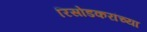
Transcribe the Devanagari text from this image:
रिसोडकरांच्या